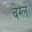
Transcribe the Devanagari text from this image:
बेग्ले